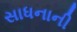
સાધનાની